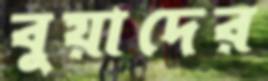
বুয়াদের